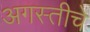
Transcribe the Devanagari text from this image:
अगस्तीचे